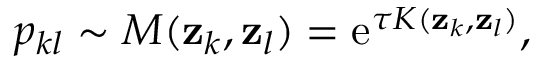
p _ { k l } \sim M ( \mathbf { z } _ { k } , \mathbf { z } _ { l } ) = \operatorname { e } ^ { \tau K ( \mathbf { z } _ { k } , \mathbf { z } _ { l } ) } ,